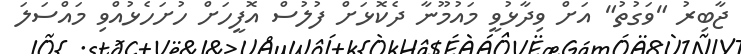
ޖާބިރު "ވަގުތު" އަށް ވިދާޅުވީ މައުމޫނާ ދެކޮޅަށް ފުލުސް އޮފީހަށް ހުށަހެޅުއްވި މައްސަލަ